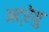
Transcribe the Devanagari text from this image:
अट्रेयु